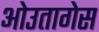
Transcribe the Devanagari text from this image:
ओउतागेस